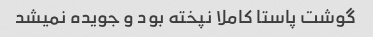
گوشت پاستا کاملا نپخته بود و جویده نمیشد